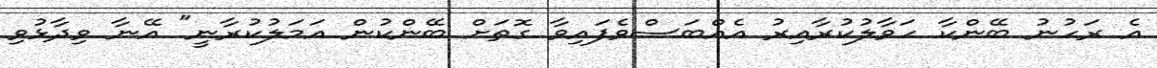
އެ ރަހުނު ބޭންކާ ހަވާލުކުރާއިރު އެއްބަސްވެފައިވާ ގޮތަށް ބޭންކުން އަމަލުކުރާނީ" އޭނާ ވިދާޅުވި